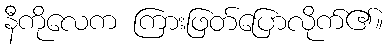
နီကိုလေက ကြားဖြတ်ပြောလိုက်၏။